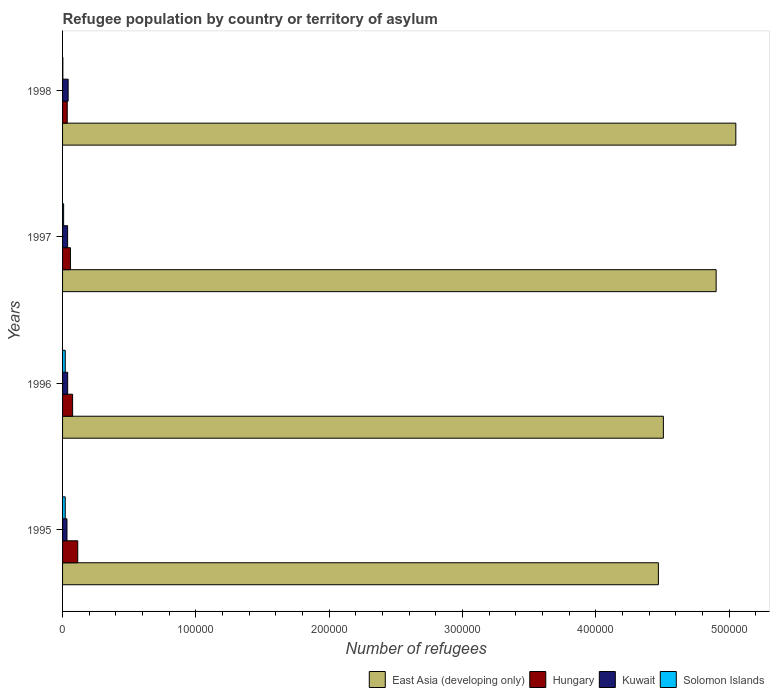
| Years | East Asia (developing only) | Hungary | Kuwait | Solomon Islands |
 | --- | --- | --- | --- | --- |
 | 1995 | 4.47e+05 | 1.14e+04 | 3.31e+03 | 2e+03 |
 | 1996 | 4.51e+05 | 7.54e+03 | 3.83e+03 | 2e+03 |
 | 1997 | 4.9e+05 | 5.89e+03 | 3.79e+03 | 800 |
 | 1998 | 5.05e+05 | 3.5e+03 | 4.18e+03 | 210 |